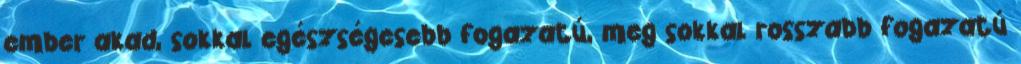
ember akad, sokkal egészségesebb fogazatú, meg sokkal rosszabb fogazatú